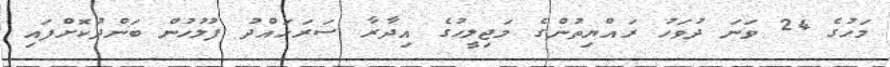
މަހުގެ 24 ވަނަ ދުވަހު ރައްޔިތުންގެ މަޖިލީހުގެ އިދާރާ ސަރަހައްދު ފުލުހުން ބަންދުކޮށްފައި